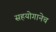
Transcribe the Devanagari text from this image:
सहयोगानेच